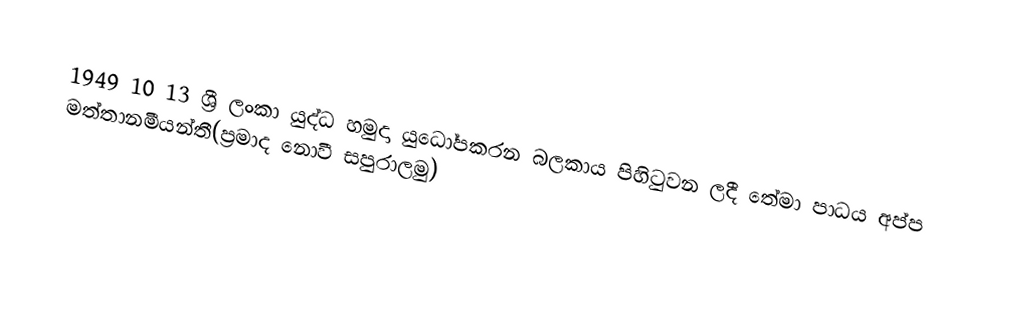
1949 10 13 ශ්‍රී ලංකා යුද්ධ හමුදා යුධෝපකරන බලකාය පිහිටුවන ලදී තේමා පාධය අප්ප මත්තානමීයන්තී(ප්‍රමාද නොවී සපුරාලමු)